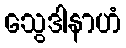
သွေဒါနာဟံ